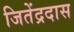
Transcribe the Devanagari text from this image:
जितेंद्रदास